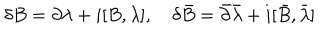
\delta B = \partial \lambda + i [ B , \lambda ] , \delta \bar { B } = \bar { \partial } \bar { \lambda } + i [ \bar { B } , \bar { \lambda } ]